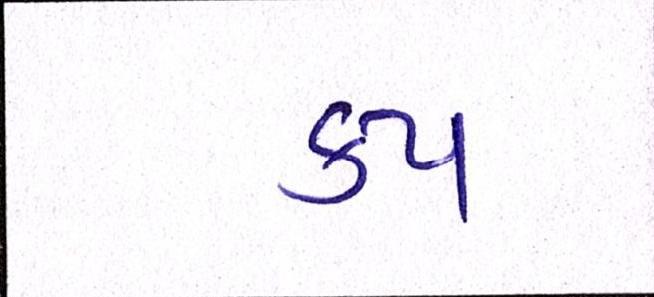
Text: કપ